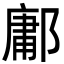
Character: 鄘